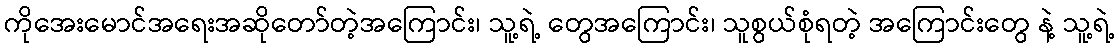
ကိုအေးမောင်အရေးအဆိုတော်တဲ့အကြောင်း၊ သူ့ရဲ့ တွေအကြောင်း၊ သူစွယ်စုံရတဲ့ အကြောင်းတွေ နဲ့ သူ့ရဲ့